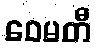
ဝေမတီ